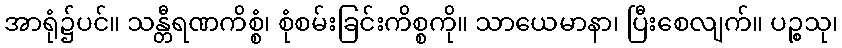
အာရုံ၌ပင်။ သန္တီရဏကိစ္စံ၊ စုံစမ်းခြင်းကိစ္စကို။ သာယေမာနာ၊ ပြီးစေလျက်။ ပဉ္စသု၊